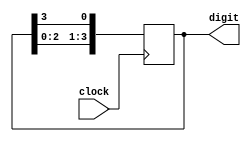
module seven_seg_digit_alt(clock, digit);
	input clock;
	output reg [3:0] digit;
	
	// Valor inicial dos dgitos
	initial begin
		digit = 4'b1110; // Dgito 1 - MSB; Dgito 4 - LSB;
	end
	
	always @(posedge clock) begin
		digit <= {digit[2:0], digit[3]}; // Desloca o bit mais significativo para o final, tornando ele o menos significativo.
	end
endmodule